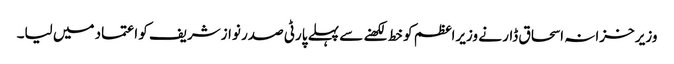
وزیر خزانہ اسحاق ڈار نے وزیراعظم کو خط لکھنے سے پہلے پارٹی صدر نوازشریف کو اعتماد میں لیا۔